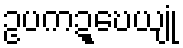
ဥပကဍ္ဎေယျုံ